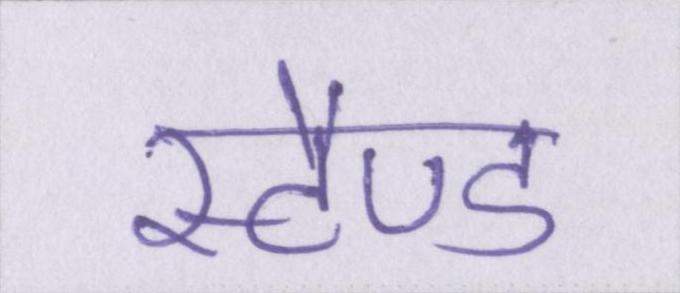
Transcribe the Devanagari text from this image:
स्टैण्ड